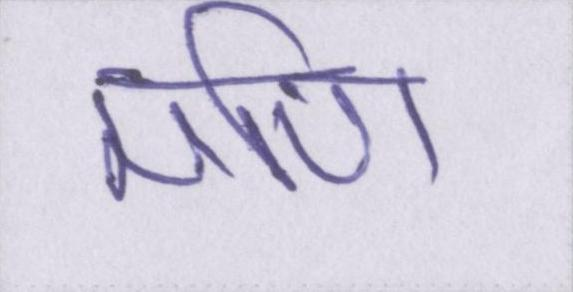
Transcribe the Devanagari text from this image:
मणि